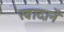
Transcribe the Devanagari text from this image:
खादानें